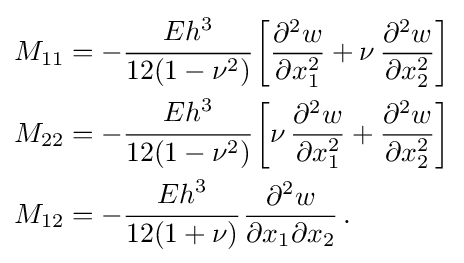
{\begin{aligned}M_{11}&=-{\cfrac {Eh^{3}}{12(1-\nu ^{2})}}\left[{\frac {\partial ^{2}w}{\partial x_{1}^{2}}}+\nu \,{\frac {\partial ^{2}w}{\partial x_{2}^{2}}}\right]\\M_{22}&=-{\cfrac {Eh^{3}}{12(1-\nu ^{2})}}\left[\nu \,{\frac {\partial ^{2}w}{\partial x_{1}^{2}}}+{\frac {\partial ^{2}w}{\partial x_{2}^{2}}}\right]\\M_{12}&=-{\cfrac {Eh^{3}}{12(1+\nu )}}\,{\frac {\partial ^{2}w}{\partial x_{1}\partial x_{2}}}\,.\end{aligned}}